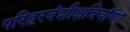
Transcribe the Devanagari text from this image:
परिहरवंशीक्षत्रियॉणॉ